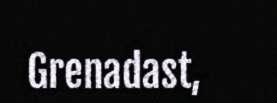
Grenadast,